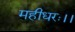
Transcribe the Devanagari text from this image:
महीधरः।।